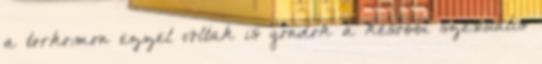
a torkomon ezzel voltak is gondok a későbbi szexuális